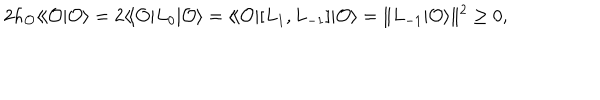
2 h _ { \cal O } \langle \! \langle { \cal O } | { \cal O } \rangle = 2 \langle \! \langle { \cal O } | L _ { 0 } | { \cal O } \rangle = \langle \! \langle { \cal O } | [ L _ { 1 } , L _ { - 1 } ] | { \cal O } \rangle = \| L _ { - 1 } | { \cal O } \rangle \| ^ { 2 } \geq 0 ,